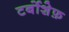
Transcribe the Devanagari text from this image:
टर्बोशेफ़